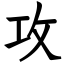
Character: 攻